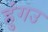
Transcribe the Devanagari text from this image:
हुंगउ